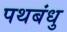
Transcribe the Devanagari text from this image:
पथबंधु